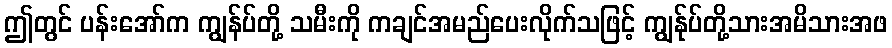
ဤတွင် ပန်းအော်က ကျွန်ပ်တို့ သမီးကို ကချင်အမည်ပေးလိုက်သဖြင့် ကျွန်ုပ်တို့သားအမိသားအဖ